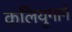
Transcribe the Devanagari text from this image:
कलियुगाने